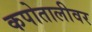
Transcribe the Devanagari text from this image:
कपोतालीवर